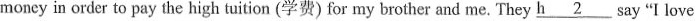
moncy in order to pay the high tuition (学费) for my brother and me. They \underline{h2} say "I love